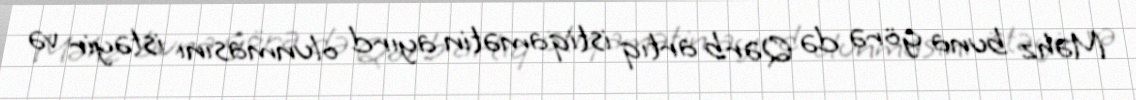
Məhz buna görə də Qərb artıq istiqamətin ayırd olunmasını istəyir və